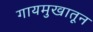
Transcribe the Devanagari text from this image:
गायमुखातून